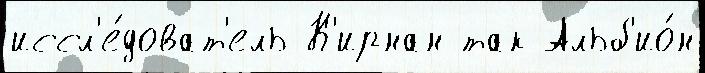
иссл'е́доват'ель К'ирнан так Альб'ио́н